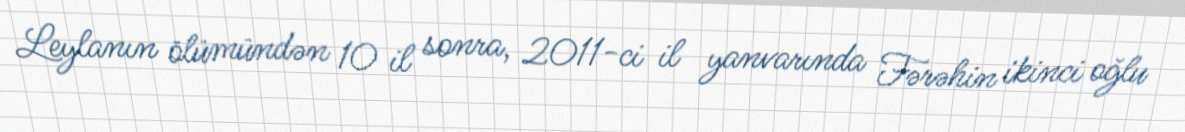
Leylanın ölümündən 10 il sonra, 2011-ci il yanvarında Fərəhin ikinci oğlu